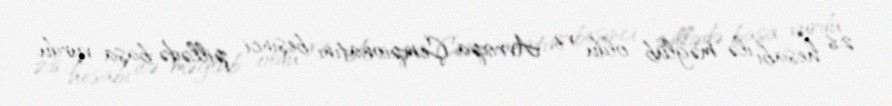
2:6 hesabı ilə məğlub oldu və Avropa Çempionatını beşinci pillədə başa vurdu.